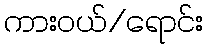
ကားဝယ်/ရောင်း